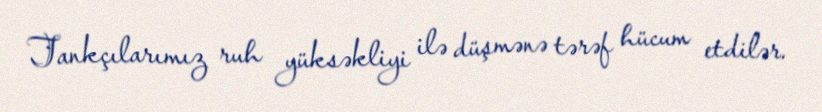
Tankçılarımız ruh yüksəkliyi ilə düşmənə tərəf hücum etdilər.